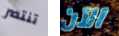
تنتصر الآن